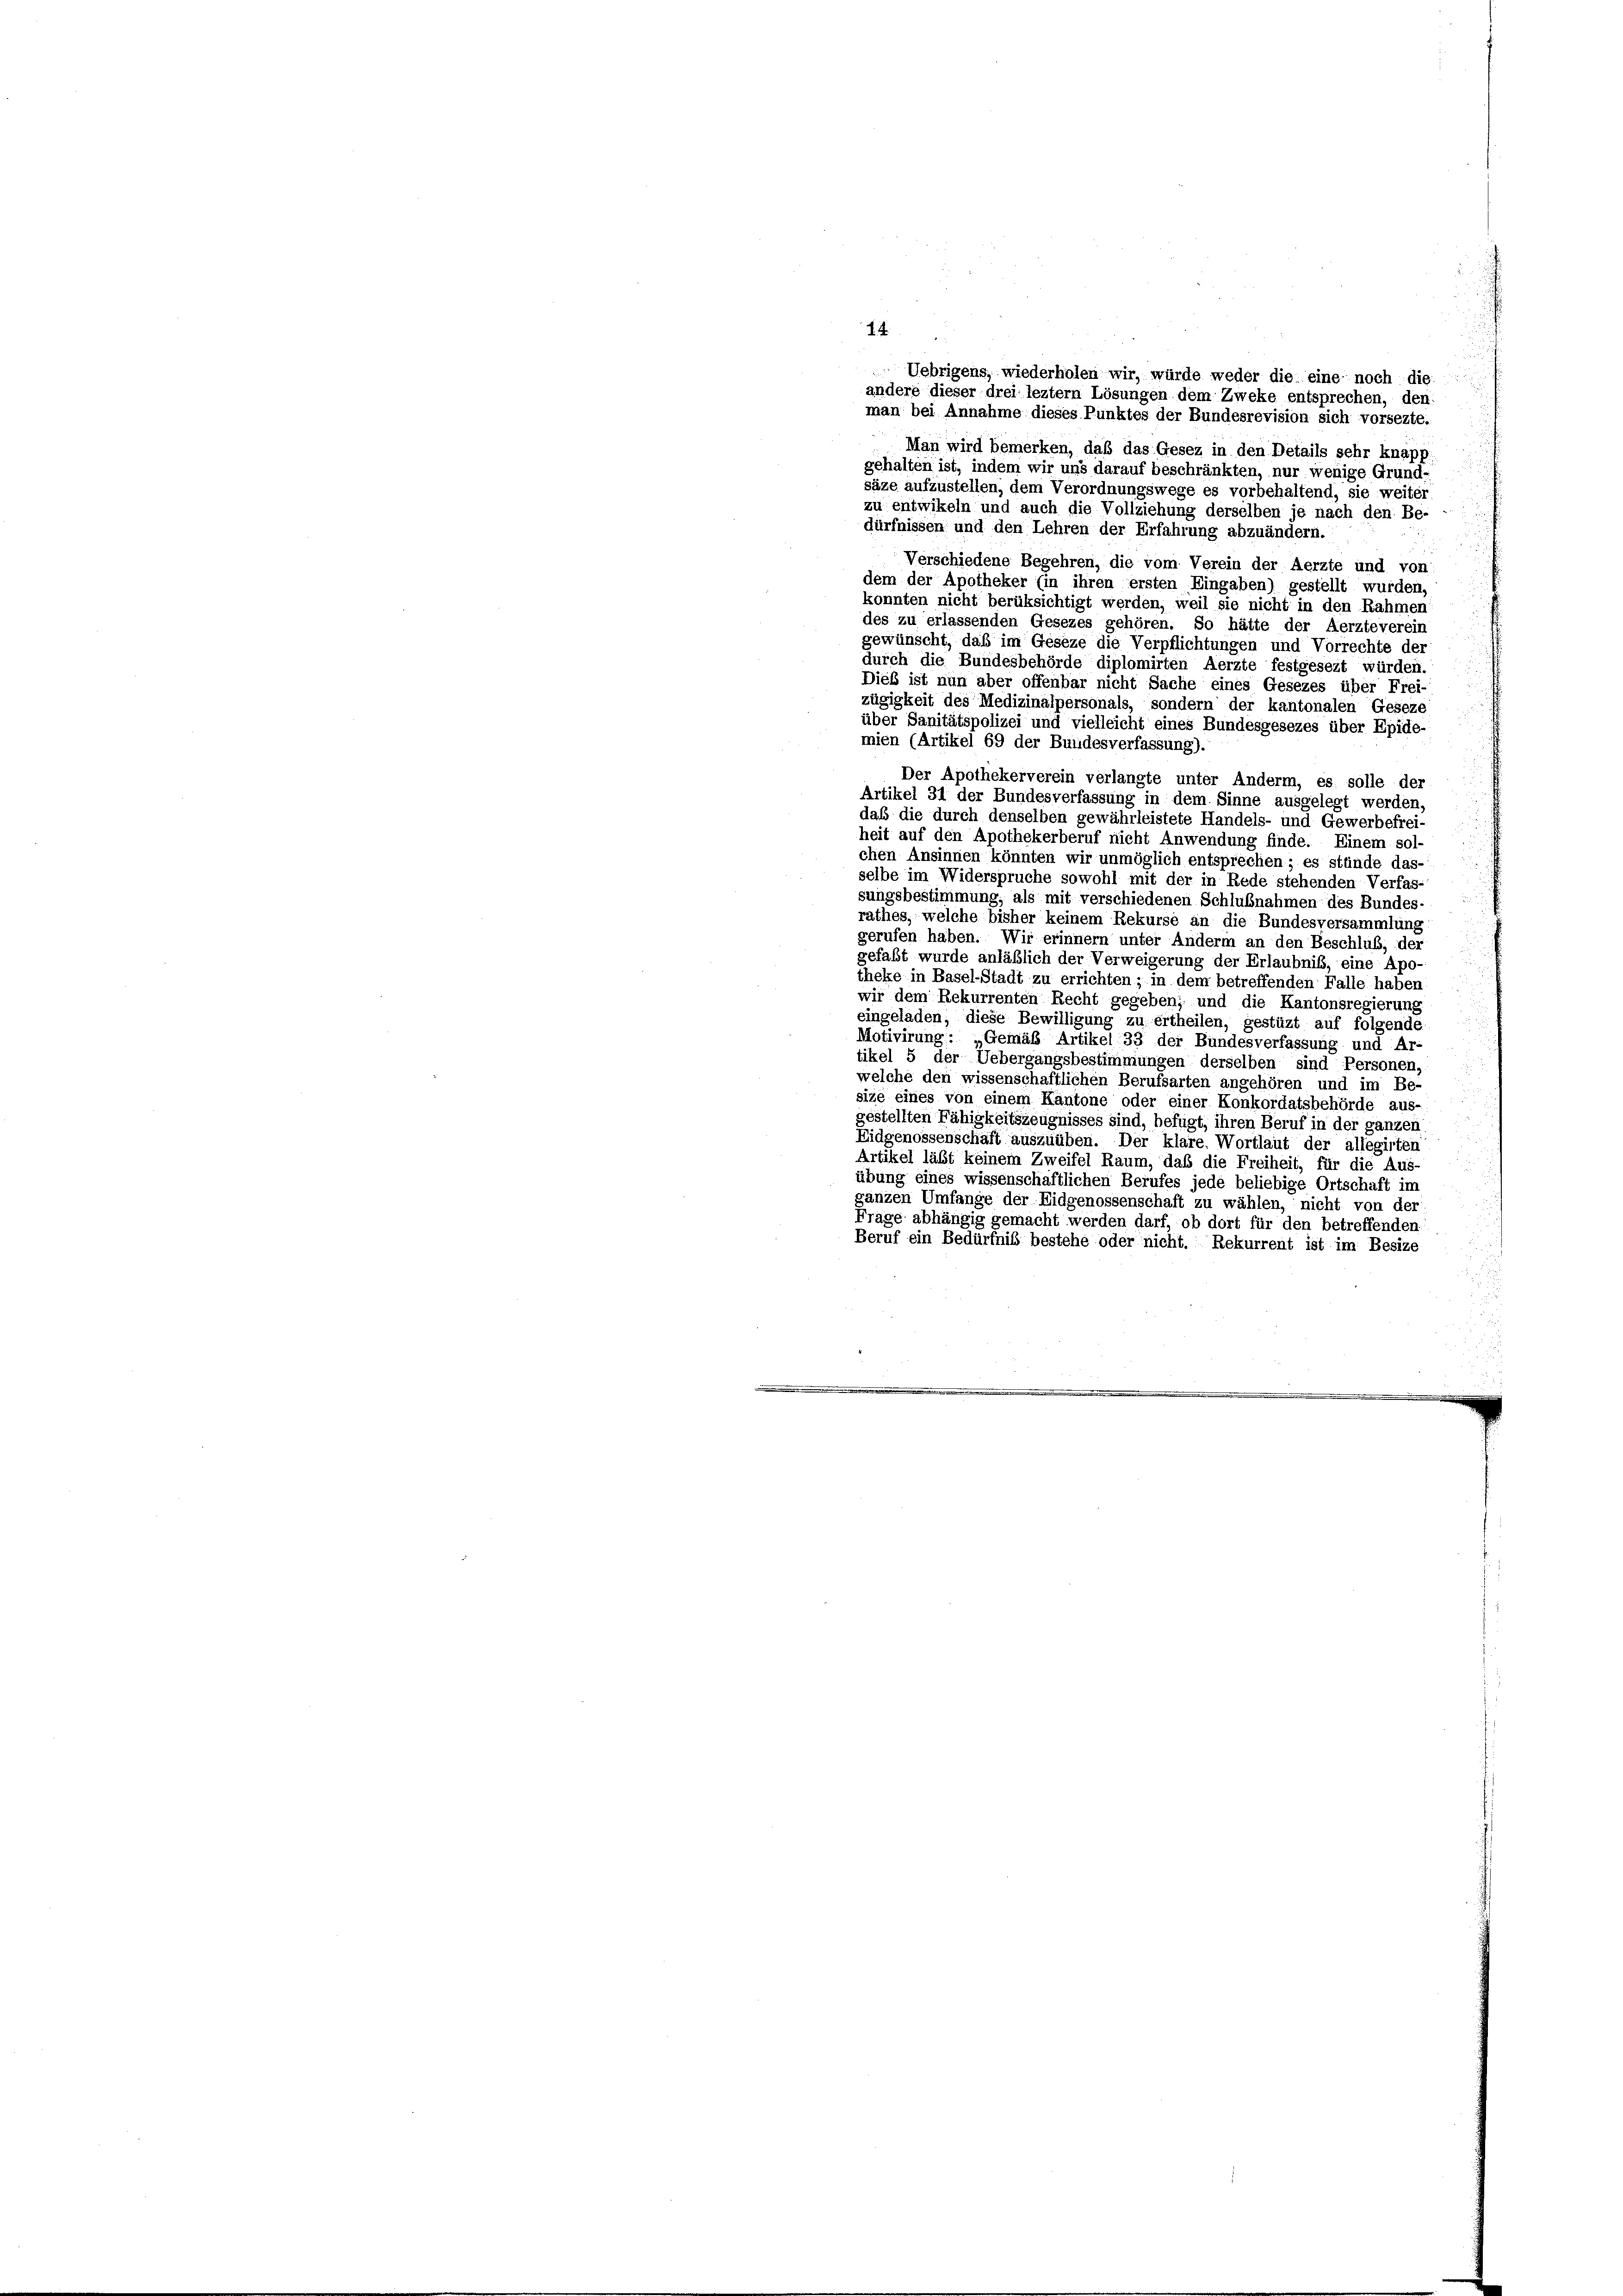
14.
Uebrigens, wiederholen wir, würde weder die eine noch die
andere dieser drei leztem Lösungen dem Zweke entsprechen, den
man bei Annahme dieses Punktes der Bundesrevision sich vorsezte.
Man wird bemerken, daß das Gesez in den Details sehr knapp
gehalten ist, indem wir uns darauf beschränkten, nur wenige Grund-
säze aufzustellen, dem Verordnungswege es vorbehaltend, sie weiter
zu entwikeln und auch die Vollziehung derselben je nach den Be-
dürfnissen und den Lehren der Erfahrung abzuändern.
Verschiedene Begehren, die vom Verein der Aerzte und von
dem der Apotheker (in ihren ersten Eingaben) gestellt wurden,
konnten nicht berüksichtigt werden, weil sie nicht in den Rahmen
des zu erlassenden Gesezes gehören. So hätte der Aerzteverein
gewünscht, daß im Geseze die Verpflichtungen und Vorrechte des
durch die Bundesbehörde diplomirten Aerzte festgesezt würden,
Dieß ist nun aber offenbar nicht Sache eines Gesezes über Frei-
zügigkeit des Medizinalpersonals, sondern der kantonalen Geseze
über Sanitätspolizei und vielleicht eines Bundesgesezes über Epide-
mien (Artikel 69 der Bundesverfassung).
Der Apothekerverein verlangte unter Anderm, es solle der
Artikel 31 der Bundesverfassung in dem Sinne ausgelegt werden.
das die durch denselben gewährleistete Handels- und Gewerbefrei-
heit auf den Apothekerberuf nicht Anwendung finde. Einem sol-
chen Ansinnen könnten wir unmöglich entsprechen; es stünde das-
selbe im Widerspruche sowohl mit der in Rede stehenden Verfas-
sungsbestimmung, als mit verschiedenen Schlußnahmen des Bundes-
rathes, welche bisher keinem Rekurse an die Bundesversammlung
gerufen haben. Wir erinnern unter Anderm an den Beschluß, der
gefaßt wurde anläßlich der Verweigerung der Erlaubnis, eine Apo-
theke in Basel-Stadt zu errichten; in dem betreffenden Falle haben
wir dem Rekurrenten Recht gegeben; und die Kantonsregierung
eingeladen, diese Bewilligung zu ertheilen, gestüzt auf folgende
Motivirung: „Gemäß Artikel 33 der Bundesverfassung und Ar-
tikel 5 der Uebergangsbestimmungen derselben sind Personen,
welche den wissenschaftlichen Berufsarten angehören und im Be-
size eines von einem Kantone oder einer Konkordatsbehörde aus-
gestellten Fähigkeitszeugnisses sind, befugt, ihren Beruf in der ganzen
Eidgenossenschaft auszuüben. Der klare. Wortlaut der allegirten
Artikel läßt keinem Zweifel Raum, daß die Freiheit, für die Aus-
übung eines wissenschaftlichen Berufes jede beliebige Ortschaft im
gänzen Umfange der Eidgenossenschaft zu wählen, nicht von der
Frage abhängig gemacht werden darf, ob dort für den betreffenden.
Beruf ein Bedürfnis bestehe oder nicht. Rekurrent ist im Besize